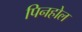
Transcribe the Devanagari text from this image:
पिनहोल